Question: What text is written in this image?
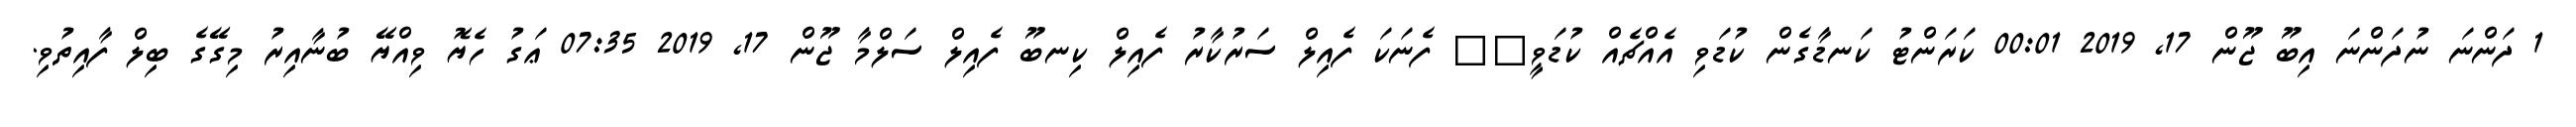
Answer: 1 ދަންނަ ނުދަންނަ އިބޫ ޖޫން 17, 2019 00:01 ކަރަންޓު ކަނޑާގެން ކުޑަވި އެއްޗެއް ކުޑަވީ?? ފެނަކަ ފެއިލް ސަރުކާރު ފެއިލް ކިނބޫ ފެއިލް ސަލްމާ ޖޫން 17, 2019 07:35 ޢަގު ހެޔޮ ވިއްޔޭ ބުނާއިރު މިގޭގެ ބިލް ފާއިތުވި.